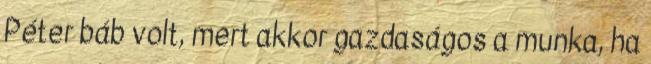
Péter báb volt, mert akkor gazdaságos a munka, ha